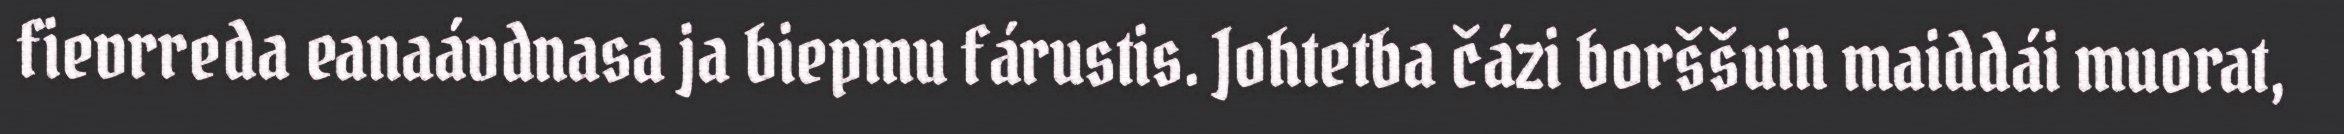
fievrreda eanaávdnasa ja biepmu fárustis. Johtetba čázi borššuin maiddái muorat,